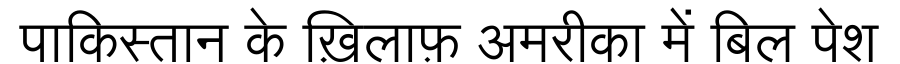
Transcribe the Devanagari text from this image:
पाकिस्तान के ख़िलाफ़ अमरीका में बिल पेश